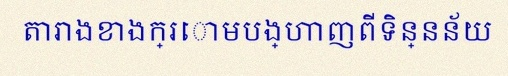
តារាងខាងក្រោមបង្ហាញពីទិន្នន័យ